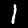
Label: 1